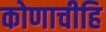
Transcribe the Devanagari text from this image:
कोणाचीहि